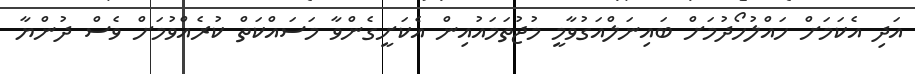
އަދި އެކަމަށް ހައްލުހޯދުމަށް ބައިނަލްއަގުވާމީ މުޖުތަމައުއިން އެކަށީގެންވާ މަސައްކަތް ކުރެއްވުމަށް ވެސް ދުންޔާ